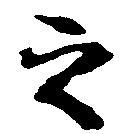
之